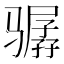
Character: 骣